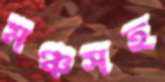
মঞ্চসহ